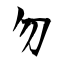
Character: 勿